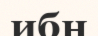
ибн